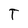
Character: T